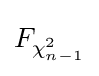
F_{\chi _{n-1}^{2}}